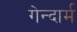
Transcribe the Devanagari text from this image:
गेन्दार्म